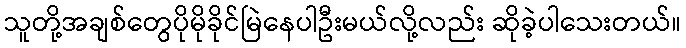
သူတို့အချစ်တွေပိုမိုခိုင်မြဲနေပါဦးမယ်လို့လည်း ဆိုခဲ့ပါသေးတယ်။